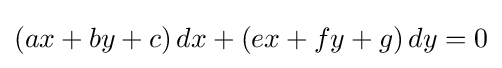
\left(ax+by+c\right)dx+\left(ex+fy+g\right)dy=0